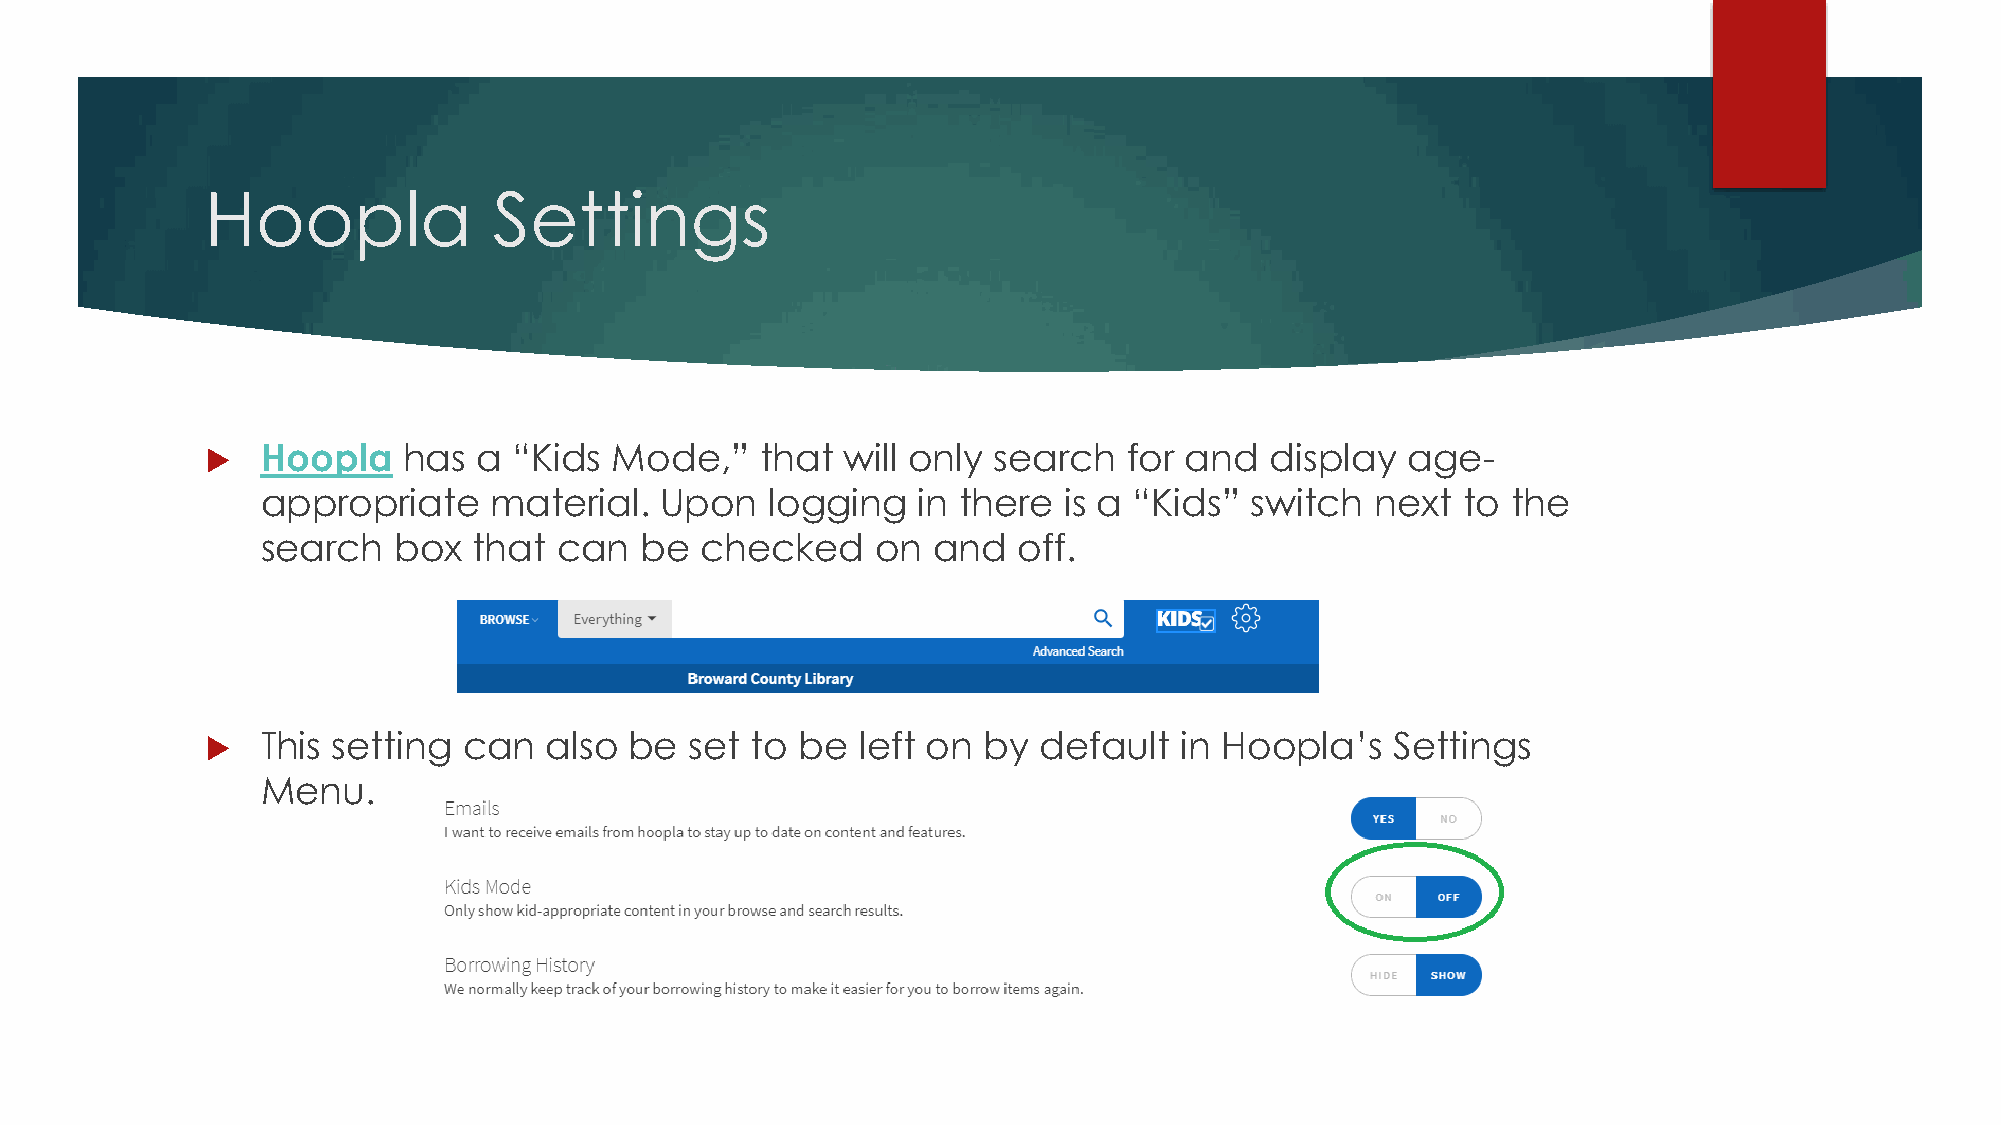
Hoopla             Settings
   Hoopla    has  a “Kids Mode,”    that  will only search   for and  display  age-
 appropriate    material.   Upon   logging   in there is a “Kids”  switch  next  to the
 search   box  that  can  be  checked     on  and  off.
   This setting  can  also  be  set to be  left on by  default  in Hoopla’s   Settings
 Menu.